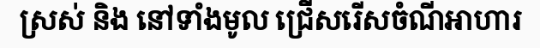
ស្រស់ និង នៅទាំងមូល ជ្រើសរើសចំណីអាហារ